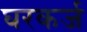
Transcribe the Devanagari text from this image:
घरकर्ज